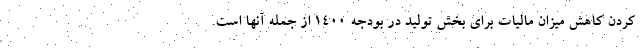
کردن کاهش میزان مالیات برای بخش تولید در بودجه ۱۴۰۰ از جمله آنها است.